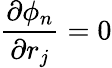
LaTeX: \frac{\partial\phi_{n}}{\partial r_{j}}=0